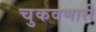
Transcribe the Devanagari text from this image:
चुकवणारी